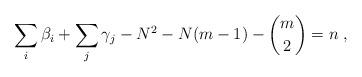
LaTeX: \begin{align*} \sum_i \beta_i + \sum_j \gamma_j - N^2 - N(m-1) - {m \choose 2} = n \;, \end{align*}